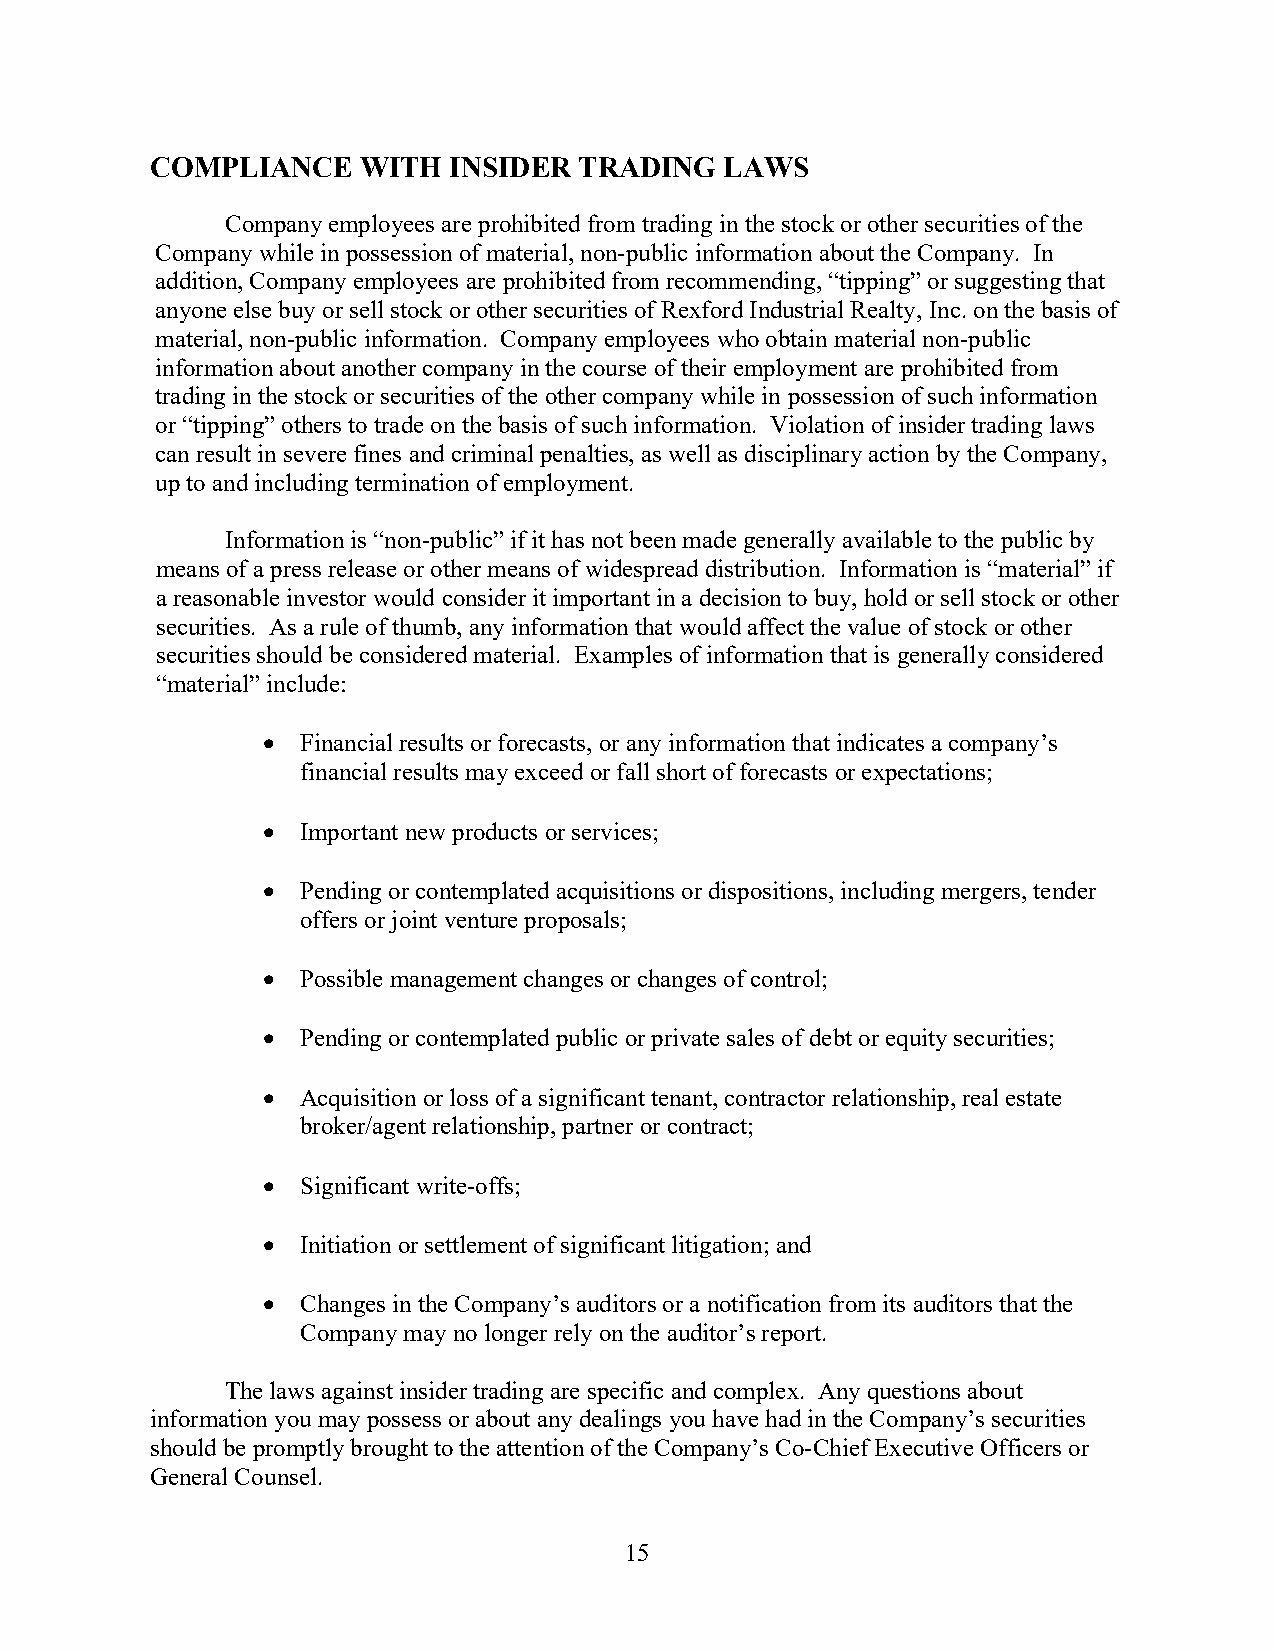
COMPLIANCE    WITH  INSIDER TRADING   LAWS
 Company employees are prohibited from trading in the stock or other securities of the
 Company while in possession of material, non-public information about the Company. In
 addition, Company employees are prohibited from recommending, “tipping” or suggesting that
 anyone else buy or sell stock or other securities of Rexford Industrial Realty, Inc. on the basis of
 material, non-public information. Company employees who obtain material non-public
 information about another company in the course of their employment are prohibited from
 trading in the stock or securities of the other company while in possession of such information
 or “tipping” others to trade on the basis of such information. Violation of insider trading laws
 can result in severe fines and criminal penalties, as well as disciplinary action by the Company,
 up to and including termination of employment.
 Information is “non-public” if it has not been made generally available to the public by
 means of a press release or other means of widespread distribution. Information is “material” if
 a reasonable investor would consider it important in a decision to buy, hold or sell stock or other
 securities. As a rule of thumb, any information that would affect the value of stock or other
 securities should be considered material. Examples of information that is generally considered
 “material” include:
   Financial results or forecasts, or any information that indicates a company’s
 financial results may exceed or fall short of forecasts or expectations;
   Important new products or services;
   Pending or contemplated acquisitions or dispositions, including mergers, tender
 offers or joint venture proposals;
   Possible management changes or changes of control;
   Pending or contemplated public or private sales of debt or equity securities;
   Acquisition or loss of a significant tenant, contractor relationship, real estate
 broker/agent relationship, partner or contract;
   Significant write-offs;
   Initiation or settlement of significant litigation; and
   Changes in the Company’s auditors or a notification from its auditors that the
 Company may no longer rely on the auditor’s report.
 The laws against insider trading are specific and complex. Any questions about
 information you may possess or about any dealings you have had in the Company’s securities
 should be promptly brought to the attention of the Company’s Co-Chief Executive Officers or
 General Counsel.
 15